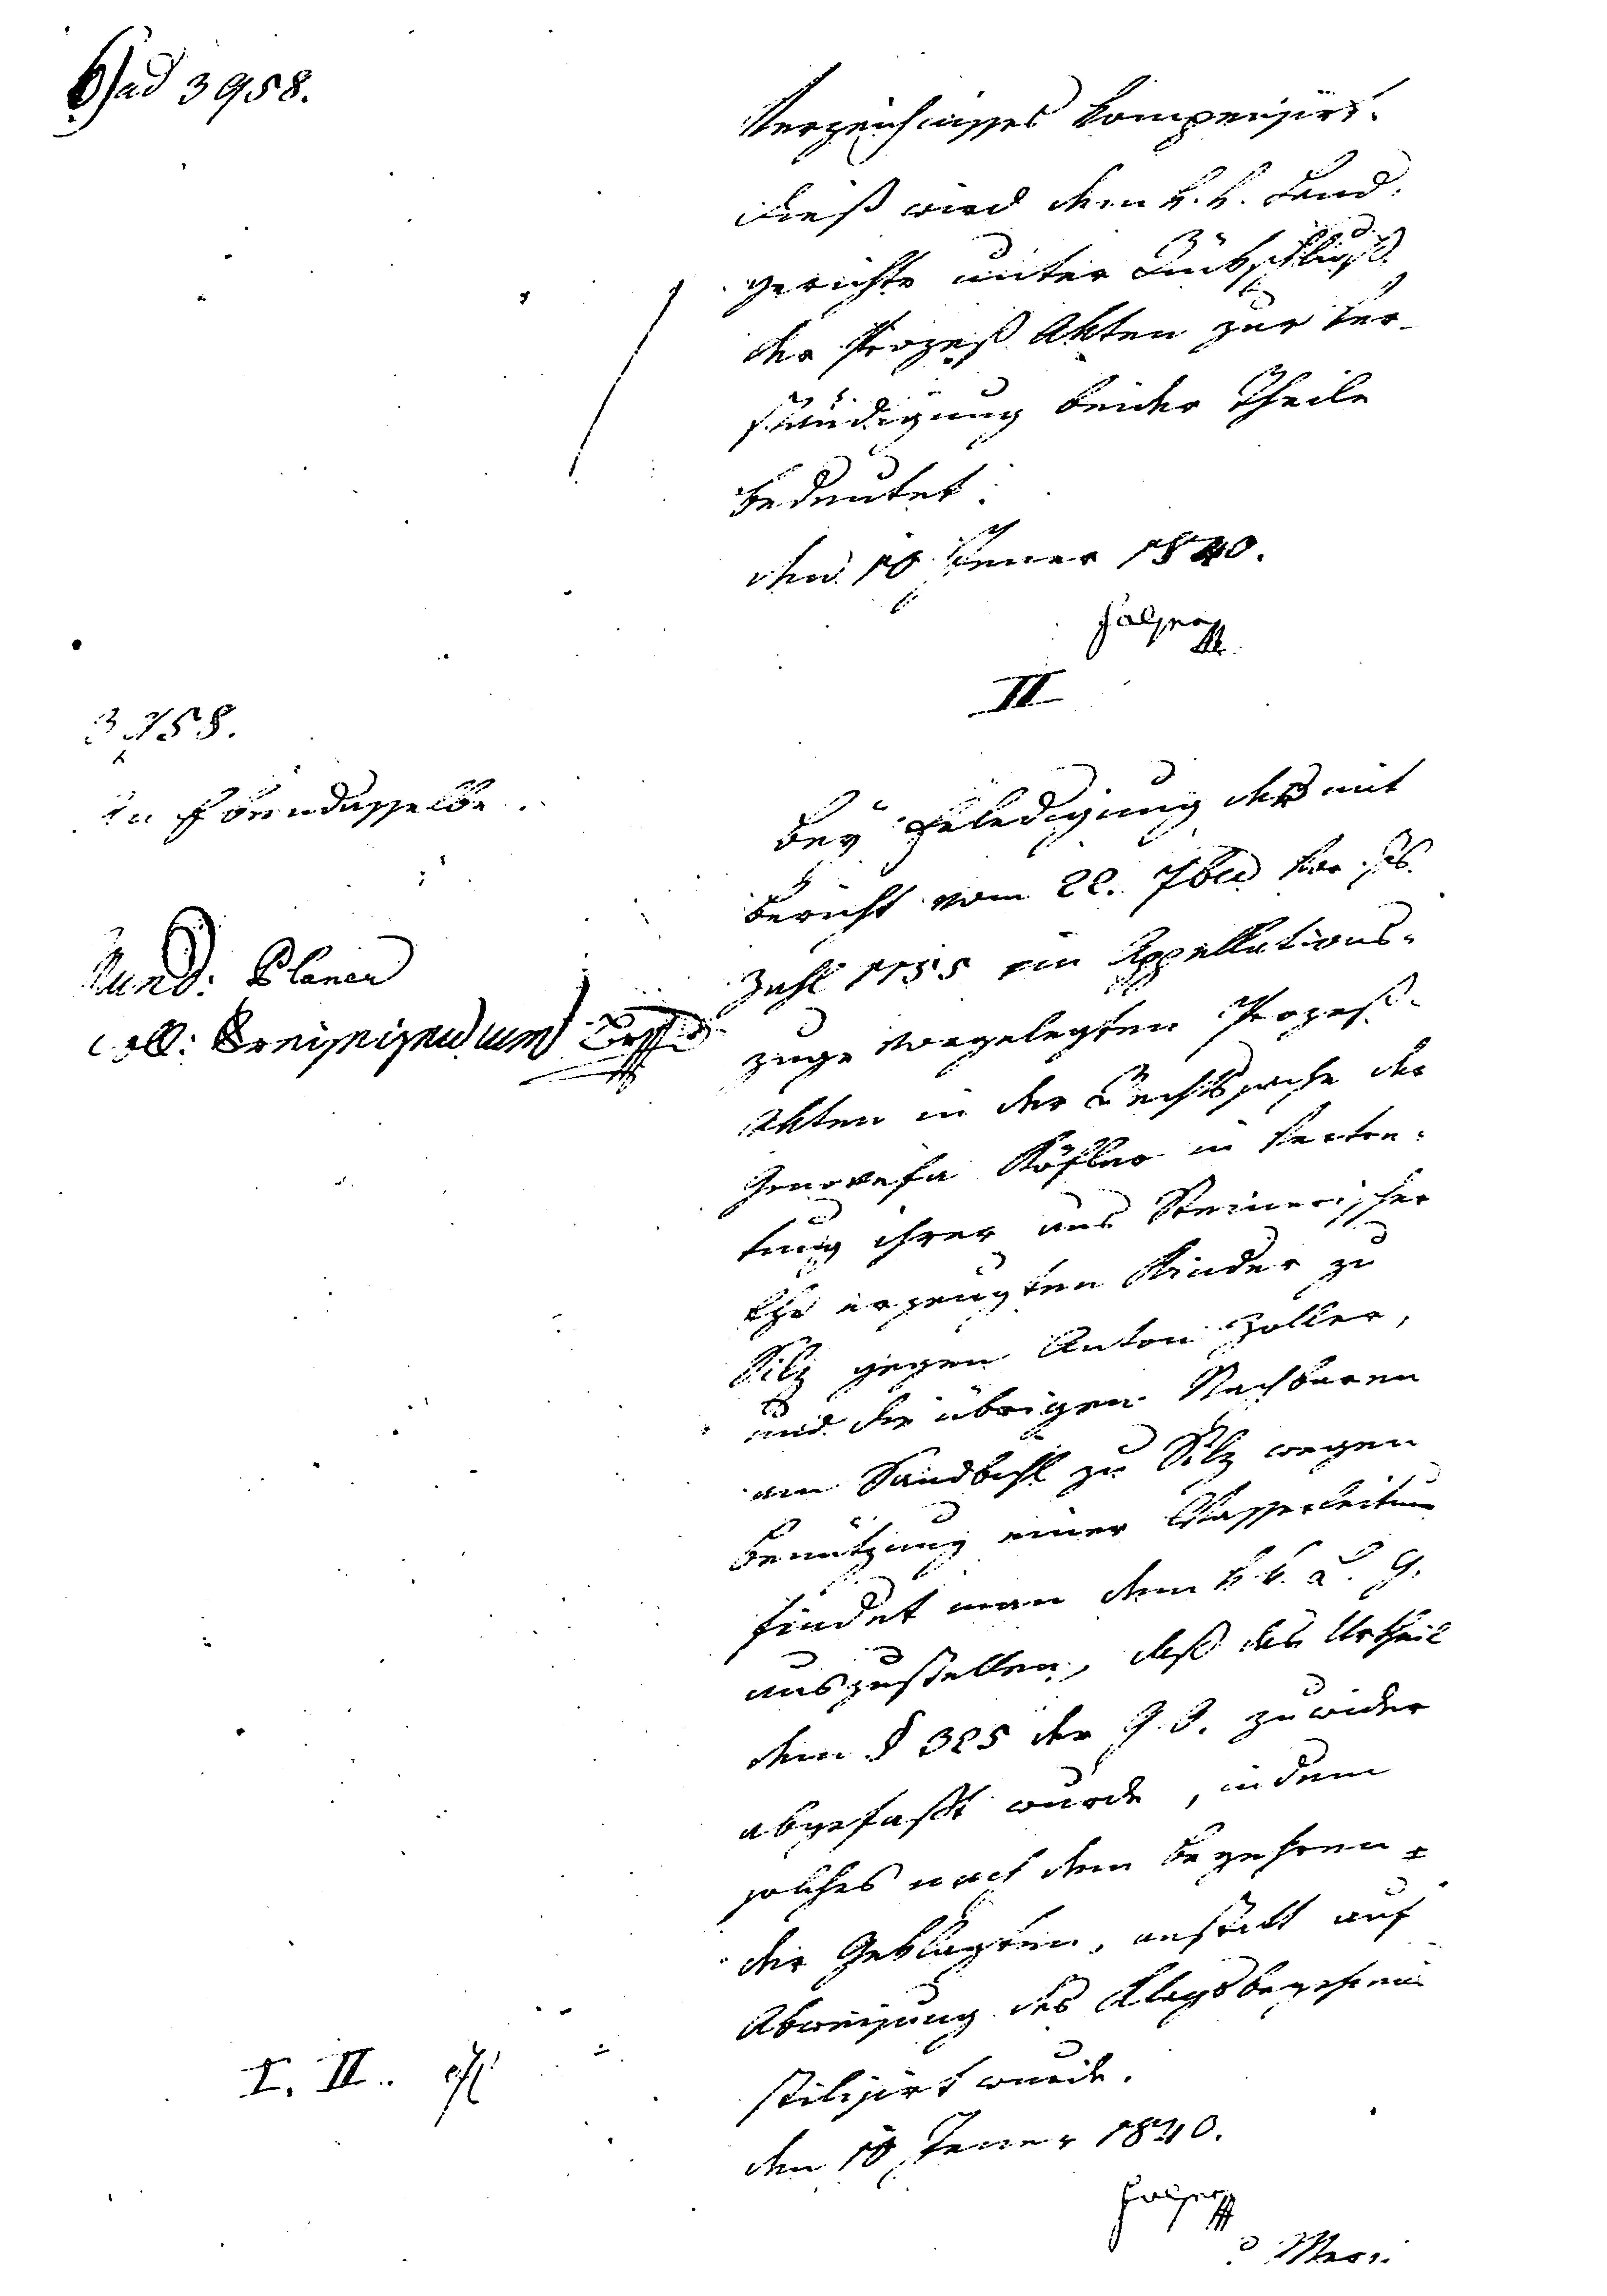
Blad 3958.

Verzeichnisses komperisiert.
Dies wird dem k.k. Land¬
gerichte unter Beschluß
der Prozeß Akten zur Ver¬
ständigung beider Theile
bedeutet.
dem 10. Jener 1840.
Falser
II
Bey Erledigung des mit
Bericht vom 22. Fba für [...]
Zahl 1155 im Appellations¬
zuge vorgelegten Prozeß¬
Akten in der Rechtssache der
Genovefa Köfler in Vertre¬
tung ihrer aus Steinerischer
Ehe erzeugten Kinder zu
Silz gegen Anton Zoller,
und der übrigen Nachbarn
am Sandbichl zu Silz wegen
Benutzung einer Wasserleitung
findet man dem k.k. L.G.
auszustellen, daß das Urtheil
dem § 395 der G.O. zu wider
abgefaßt wurde, indem
solches nach dem Begehren
der Geklagten, anstatt auf
Abweisung des [...]begehrens
stilisiert wurde.
Am 10. Jenner, 1840.
Falser
xxx

3958.
An Ebendasselbe.
Und: Planer
coll: xxx

I. II. Fl